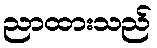
ညာထားသည်